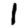
Digit: 1